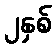
၂နှစ်